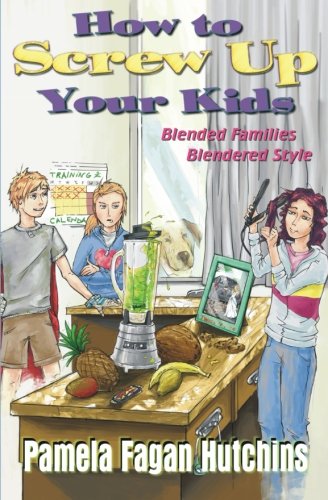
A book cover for How To Screw Up Your Kids: Blended Families, Blendered Style; Pamela Fagan Hutchins; Parenting & Relationships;